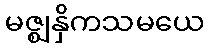
မဇ္ဈနှိကသမယေ